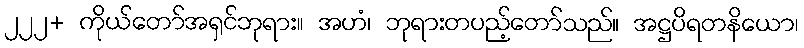
၂၂၂+ ကိုယ်တော်အရှင်ဘုရား။ အဟံ၊ ဘုရားတပည့်တော်သည်။ အဋ္ဌပိရတနိယော၊